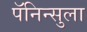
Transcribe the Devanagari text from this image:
पॅनिन्सुला